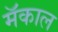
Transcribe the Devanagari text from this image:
मॅकाल